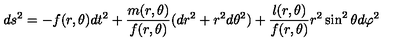
d s ^ { 2 } = - f ( r , \theta ) d t ^ { 2 } + \frac { m ( r , \theta ) } { f ( r , \theta ) } ( d r ^ { 2 } + r ^ { 2 } d \theta ^ { 2 } ) + \frac { l ( r , \theta ) } { f ( r , \theta ) } r ^ { 2 } \sin ^ { 2 } \theta d \varphi ^ { 2 }